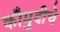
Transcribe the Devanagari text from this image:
कौमुदीचे